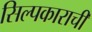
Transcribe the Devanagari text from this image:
सिल्पकाराची